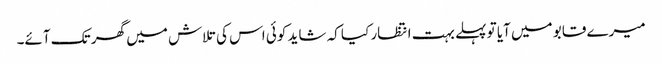
میرے قابو میں آیا تو پہلے بہت انتظار کیا کہ شاید کوئی اس کی تلاش میں گھر تک آئے۔